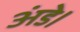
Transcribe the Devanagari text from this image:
अंडे।